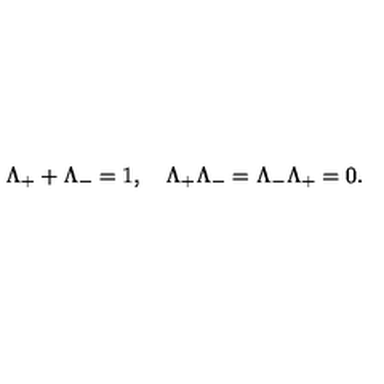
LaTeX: \Lambda _ { + } + \Lambda _ { - } = 1 , \quad \Lambda _ { + } \Lambda _ { - } = \Lambda _ { - } \Lambda _ { + } = 0 .